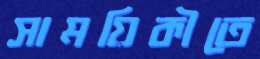
সাময়িকীতে